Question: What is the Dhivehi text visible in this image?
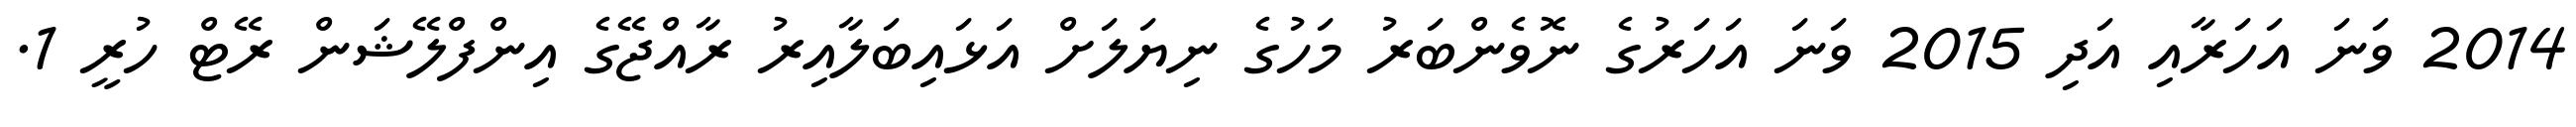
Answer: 2014 ވަނަ އަހަރާއި އަދި 2015 ވަނަ އަހަރުގެ ނޮވެންބަރު މަހުގެ ނިޔަލަށް އަޅައިބަލާއިރު ރާއްޖޭގެ އިންފްލޭޝަން ރޭޓް ހުރީ 1.